Punjab Mental Hospital Lahore 1922-31 - 1922-1931
Year: 1922
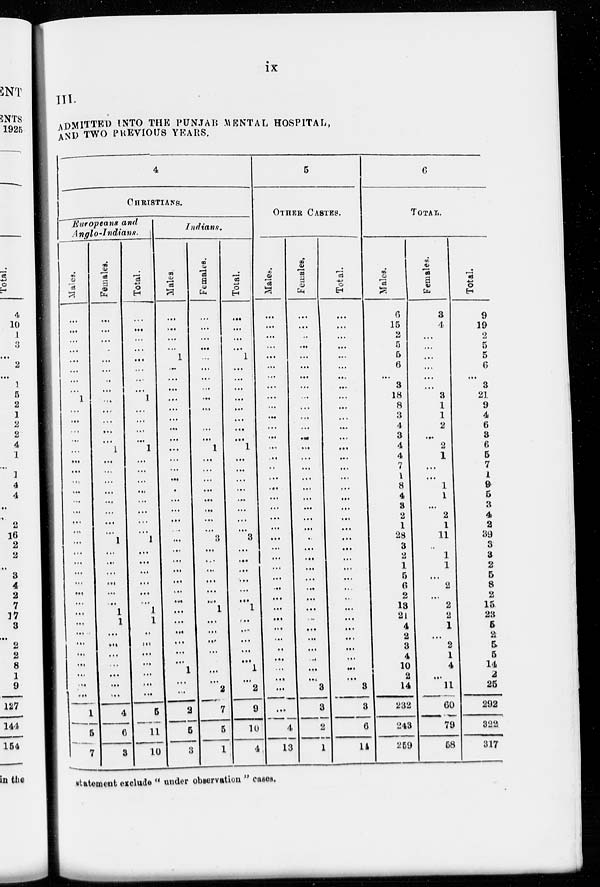
ix
III.
ADMITTED INTO THE PUNJAB MENTAL HOSPITAL,
AND TWO PREVIOUS YEARS.
4
CHRISTIANS.
Europeans and
Anglo-Indians.
Males.
...
...
...
...
...
...
...
...
1
...
...
...
...
...
...
...
...
...
...
...
...
...
...
...
...
...
...
...
...
...
...
...
...
...
...
...
...
...
1
5
7
Females.
...
...
...
...
...
...
...
...
...
...
...
...
...
1
...
...
...
...
...
...
...
...
1
...
...
...
...
...
...
1
1
...
...
...
...
...
...
...
4
6
3
Total.
...
...
...
...
...
...
...
...
1
...
...
...
...
1
...
...
...
...
...
...
...
...
1
...
...
...
...
...
...
1
1
...
...
...
...
...
...
...
5
11
10
Indians.
Males.
...
...
...
...
1
...
...
...
...
...
...
...
...
...
...
...
...
...
...
...
...
...
...
...
...
...
...
...
...
...
...
...
...
...
...
1
...
...
2
5
3
Females.
...
...
...
...
...
...
...
...
...
...
...
...
...
1
...
...
...
...
...
...
...
...
3
...
...
...
...
...
...
1
...
...
...
...
...
...
...
2
7
5
1
Total.
...
...
...
...
1
...
...
...
...
...
...
...
...
1
...
...
...
...
...
...
...
...
3
...
...
...
...
...
...
1
...
...
...
...
...
1
...
2
9
10
4
5
OTHER CASTES.
Males.
...
...
...
...
...
...
...
...
...
...
...
...
...
...
...
...
...
...
...
...
...
...
...
...
...
...
...
...
...
...
...
...
...
...
...
...
...
...
...
4
13
Females.
...
...
...
...
...
...
...
...
...
...
...
...
...
...
...
...
...
...
...
...
...
...
...
...
...
...
...
...
...
...
...
...
...
...
...
...
...
3
3
2
1
Total.
...
...
...
...
...
...
...
...
...
...
...
...
...
...
...
...
...
...
...
...
...
...
...
...
...
...
...
...
...
...
...
...
...
...
...
...
...
8
3
6
14
6
TOTAL.
Males.
6
15
2
5
5
6
...
3
18
8
3
4
3
4
4
7
1
8
4
3
2
1
28
3
2
1
5
6
2
13
21
4
2
3
4
10
2
14
232
243
259
Females.
3
4
...
...
...
...
...
...
3
1
1
2
...
2
1
...
...
1
1
...
2
1
11
...
1
1
...
2
...
2
2
1
...
2
1
4
...
11
60
79
58
Total.
9
19
2
5
5
6
...
3
21
9
4
6
3
6
5
7
1
9
5
3
4
2
39
3
3
2
5
8
2
15
23
6
2
5
5
14
2
25
292
322
317
statement exclude " under observation " cases.